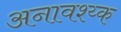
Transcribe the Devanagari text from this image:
अनावश्य्क